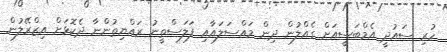
ހުރި ސައުދީ އެމްބަސީއަށް ގެއްލުން ދިން މައްސަލައާއި ފަލަސްތީނު ރައްޔިތުންނާ ދެކޮޅަށް އިޒްރޭލުން